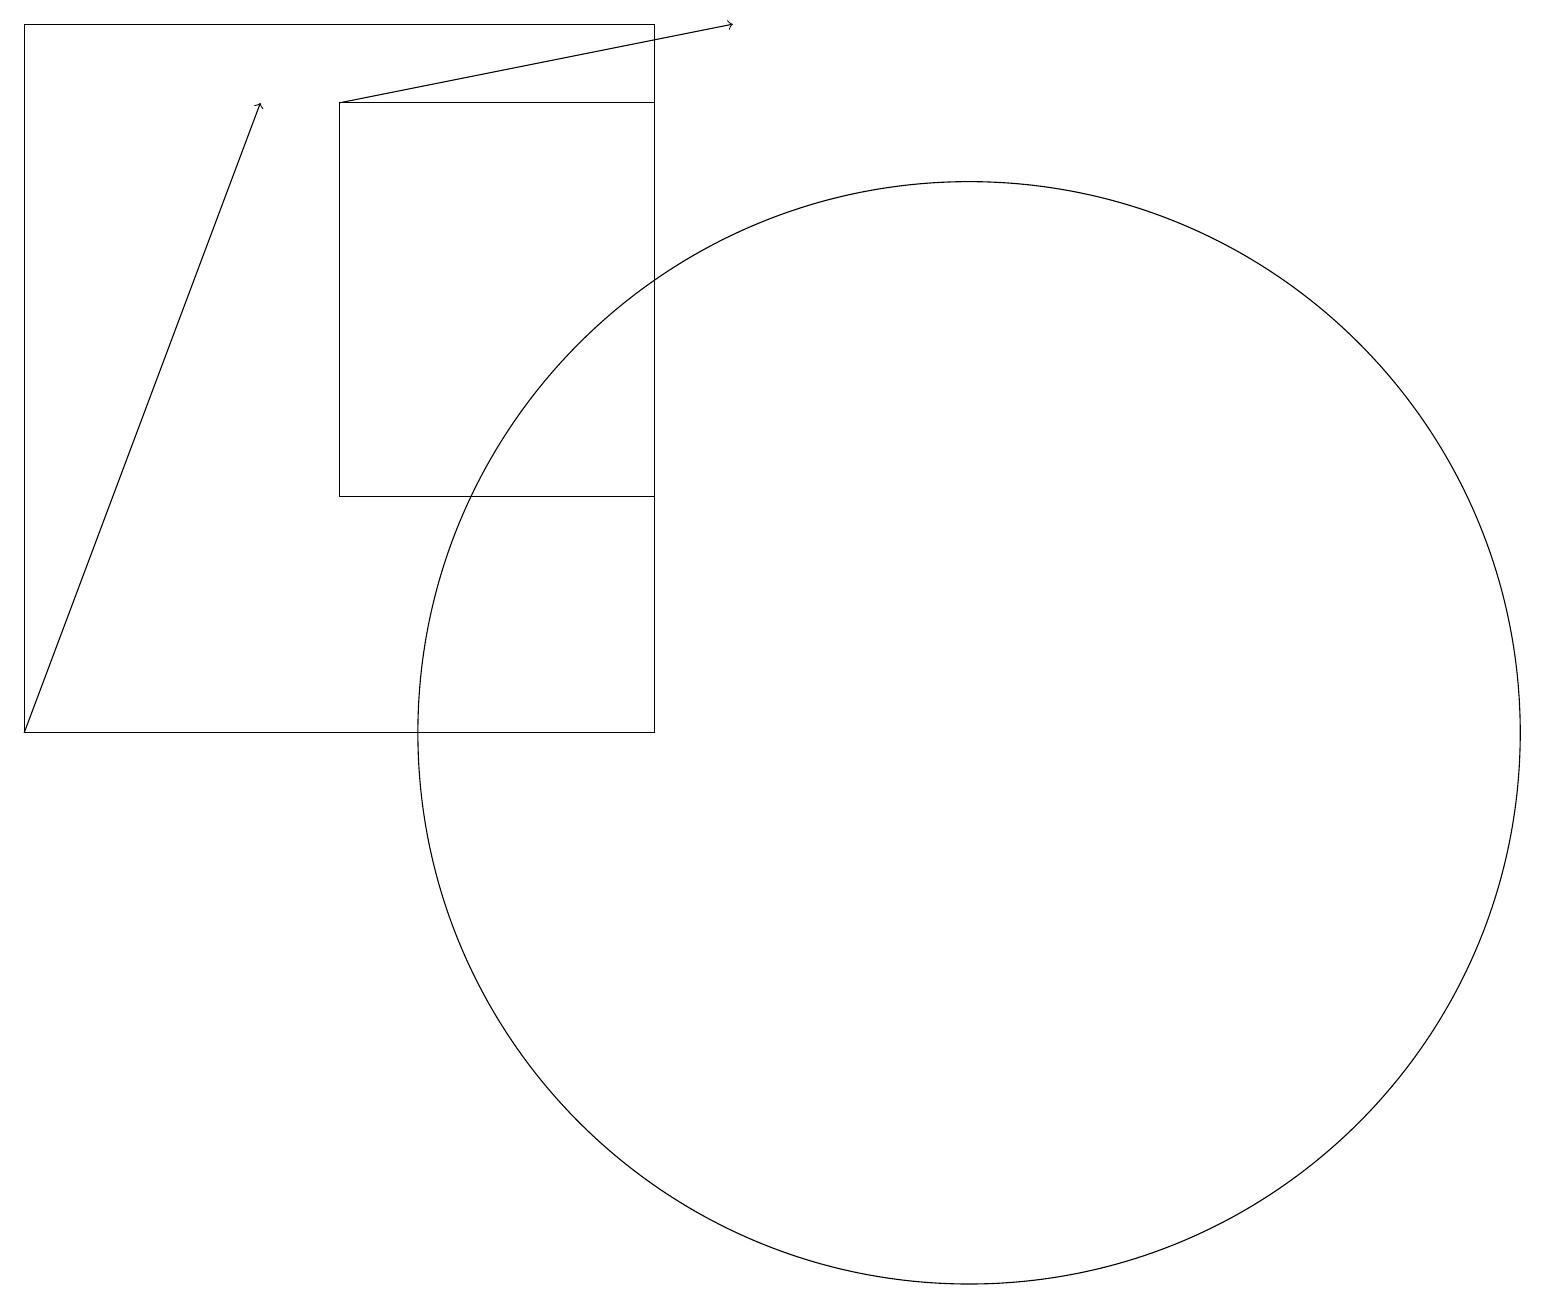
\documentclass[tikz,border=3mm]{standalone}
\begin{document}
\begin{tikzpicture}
\draw (12,10) circle (7);
\draw (4,13) rectangle (8,18);
\draw[->] (0,10) -- (3,18);
\draw (0,10) rectangle (8,19);
\draw[->] (4,18) -- (9,19);
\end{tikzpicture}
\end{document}